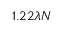
1 . 2 2 \lambda N